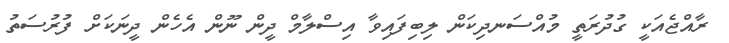
ރާއްޖެއަކީ ގުދުރަތީ މުއްސަނދިކަން ލިބިފައިވާ އިސްލާމް ދީން ނޫން އެހެން ދީނަކަށް ފުރުސަތު